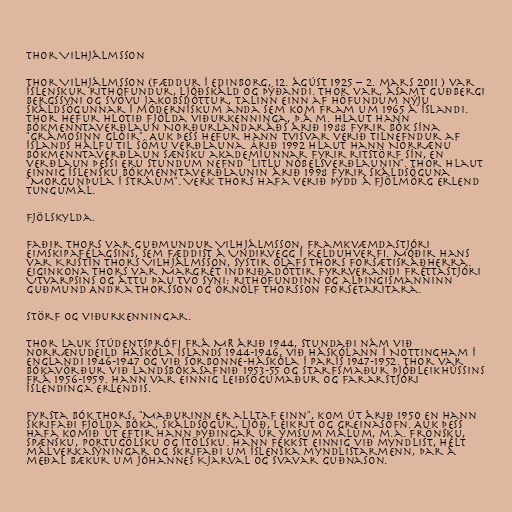
Thor Vilhjálmsson

Thor Vilhjálmsson (fæddur í Edinborg, 12. ágúst 1925 – 2. mars 2011 ) var
íslenskur rithöfundur, ljóðskáld og þýðandi. Thor var, ásamt Guðbergi
Bergssyni og Svövu Jakobsdóttur, talinn einn af höfundum nýju
skáldsögunnar í módernískum anda sem kom fram um 1965 á Íslandi.
Thor hefur hlotið fjölda viðurkenninga, þ.á m. hlaut hann
bókmenntaverðlaun Norðurlandaráðs árið 1988 fyrir bók sína
"Grámosinn glóir". Auk þess hefur hann tvisvar verið tilnefndur af
íslands hálfu til sömu verðlauna. Árið 1992 hlaut hann Norrænu
bókmenntaverðlaun sænsku akademíunnar fyrir ritstörf sín, en
verðlaun þessi eru stundum nefnd "Litlu nóbelsverðlaunin". Thor hlaut
einnig Íslensku bókmenntaverðlaunin árið 1998 fyrir skáldsöguna
"Morgunþula í stráum". Verk Thors hafa verið þýdd á fjölmörg erlend
tungumál.

Fjölskylda.

Faðir Thors var Guðmundur Vilhjálmsson, framkvæmdastjóri
Eimskipafélagsins, sem fæddist á Undirvegg í Kelduhverfi. Móðir hans
var Kristín Thors Vilhjálmsson, systir Ólafs Thors forsætisráðherra.
Eiginkona Thors var Margrét Indriðadóttir fyrrverandi fréttastjóri
Útvarpsins og áttu þau tvo syni: rithöfundinn og alþingismanninn
Guðmund Andra Thorsson og Örnólf Thorsson forsetaritara.

Störf og viðurkenningar.

Thor lauk stúdentsprófi frá MR árið 1944, stundaði nám við
norrænudeild Háskóla íslands 1944-1946, við Háskólann í Nottingham í
Englandi 1946-1947 og við Sorbonne-háskóla í París 1947-1952. Thor var
bókavörður við Landsbókasafnið 1953-55 og starfsmaður Þjóðleikhússins
frá 1956-1959. Hann var einnig leiðsögumaður og fararstjóri
Íslendinga erlendis.

Fyrsta bók Thors, "Maðurinn er alltaf einn", kom út árið 1950 en hann
skrifaði fjölda bóka, skáldsögur, ljóð, leikrit og greinasöfn. Auk þess
hafa komið út eftir hann þýðingar úr ýmsum málum, m.a. frönsku,
spænsku, portugölsku og ítölsku. Hann fékkst einnig við myndlist, hélt
málverkasýningar og skrifaði um íslenska myndlistarmenn, þar á
meðal bækur um Jóhannes Kjarval og Svavar Guðnason.